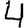
Digit: 4